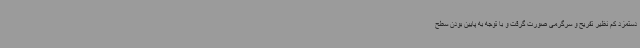
دستمزد کم نظیر تفریح و سرگرمی صورت گرفت و با توجه به پایین بودن سطح